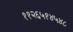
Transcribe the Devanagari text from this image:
११२६५१४५४८